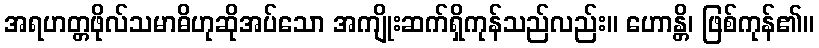
အရဟတ္တဖိုလ်သမာဓိဟုဆိုအပ်သော အကျိုးဆက်ရှိကုန်သည်လည်း။ ဟောန္တိ၊ ဖြစ်ကုန်၏။